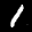
Label: 1